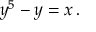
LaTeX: y ^ { 5 } - y = x \, .